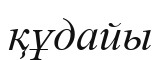
құдайы